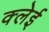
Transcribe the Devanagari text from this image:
क्लेई